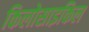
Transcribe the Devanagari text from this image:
किलोसाइकिल